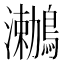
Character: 𪆟